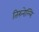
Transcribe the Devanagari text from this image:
तिरुनेल्लि